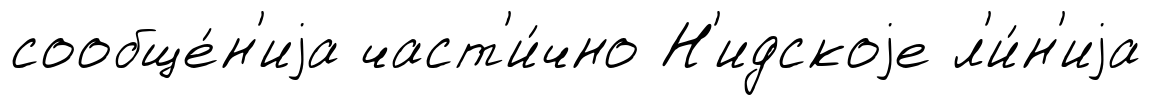
сообще́н'иjа част'и́чно Н'идскоjе л'и́н'иjа